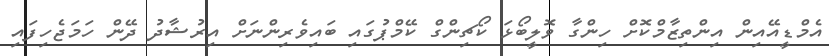
އެމްޑީއޭއިން އިންތިޒާމްކޮށް ހިންގާ ވޮލީބޯޅަ ކޯޗިންގް ކޭމްޕުގައި ބައިވެރިންނަށް އިރުޝާދު ދޭން ހަމަޖެހިފައި